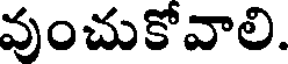
వుంచుకోవాలి.